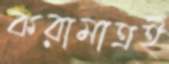
করামাত্রই